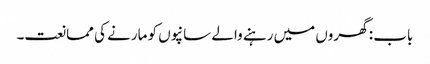
باب : گھروں میں رہنے والے سانپوں کو مارنے کی ممانعت۔